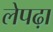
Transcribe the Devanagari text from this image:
लेपढ़ा